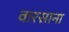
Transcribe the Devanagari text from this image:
वारसाना